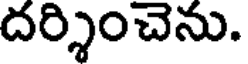
దర్శించెను.